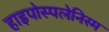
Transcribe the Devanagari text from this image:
हाइपोस्पलेनिस्म